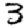
Digit: 3